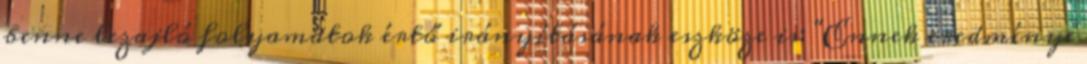
benne lezajló folyamatok értő irányításának eszköze is: "Ennek eredménye